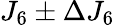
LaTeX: J_{6}\pm\Delta J_{6}